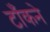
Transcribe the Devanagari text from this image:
टाँकने